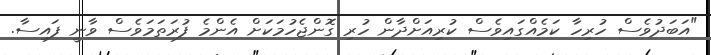
"އަބަދުވެސް ހުރިހާ ކަމެއްގައިވެސް ކުރިއަށްދާން ހުރި ގޮންޖެހުމަކަށް އެންމެ ފުރަތަމަވެސް ވާނީ ފައިސާ.